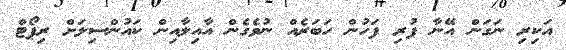
އަކިރި ނަގަން އޭނާ ފުރި ފަހުން ހަބަރެއް ނުވެގެން އާއިލާއިން ކައުންސިލަށް ރިޕޯޓް